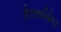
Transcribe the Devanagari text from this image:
है।सर्वश्रेष्ठ